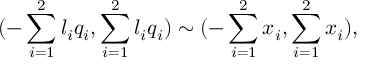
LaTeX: { ( - \sum _ { i = 1 } ^ { 2 } { l _ { i } q _ { i } } , \sum _ { i = 1 } ^ { 2 } { l _ { i } q _ { i } } ) } \sim { ( - \sum _ { i = 1 } ^ { 2 } { x _ { i } } , \sum _ { i = 1 } ^ { 2 } { x _ { i } } ) } ,